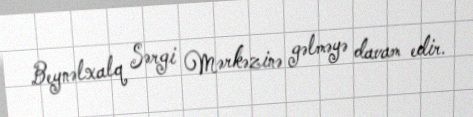
Beynəlxalq Sərgi Mərkəzinə gəlməyə davam edir.